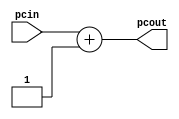
`timescale 1ns / 1ps
//////////////////////////////////////////////////////////////////////////////////
// Company: 
// Engineer: 
// 
// Design Name: 
// Module Name:    Add 
// Project Name: 
// Target Devices: 
// Tool versions: 
// Description: 
//
// Dependencies: 
//
// Revision: 
// Revision 0.01 - File Created
// Additional Comments: 
//
//////////////////////////////////////////////////////////////////////////////////
module add(
input [31:0] pcin,
output [31:0] pcout
    );
assign pcout = pcin + 1;

endmodule